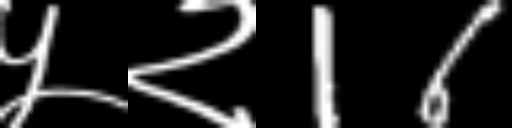
Text: ५२16